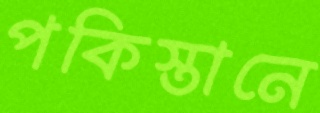
পকিস্তানে